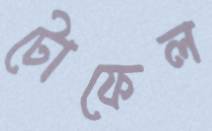
টোফেল